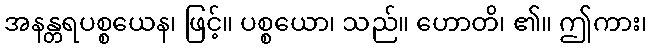
အနန္တရပစ္စယေန၊ ဖြင့်။ ပစ္စယော၊ သည်။ ဟောတိ၊ ၏။ ဤကား၊